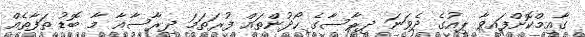
ގާއިމްކޮށްފައިވާ ޕިއުގެ ދެވަނަ ދިރާސާގެ ހޯދުންތައް ފުރަތަމަ ދިރާސާއާ މާ ބޮޑު ތަފާތެއް